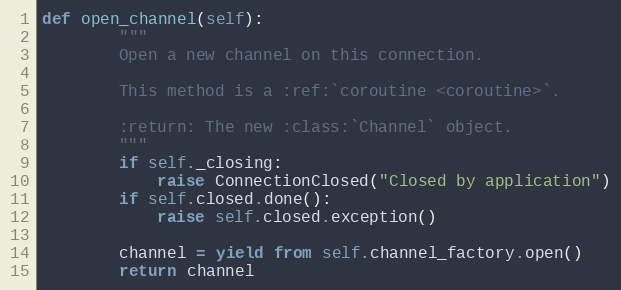
Language: Python
def open_channel(self):
        """
        Open a new channel on this connection.

        This method is a :ref:`coroutine <coroutine>`.

        :return: The new :class:`Channel` object.
        """
        if self._closing:
            raise ConnectionClosed("Closed by application")
        if self.closed.done():
            raise self.closed.exception()

        channel = yield from self.channel_factory.open()
        return channel